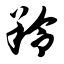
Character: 羚